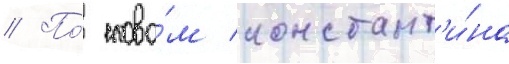
// По́ слова́м констант'и́на